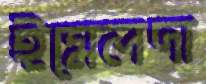
ইমেলদা